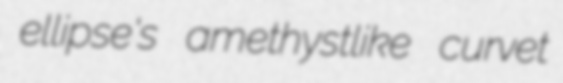
ellipse's amethystlike curvet